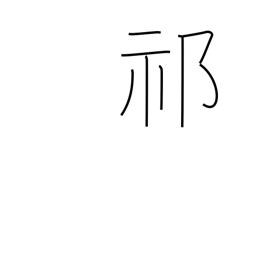
Meaning: intense